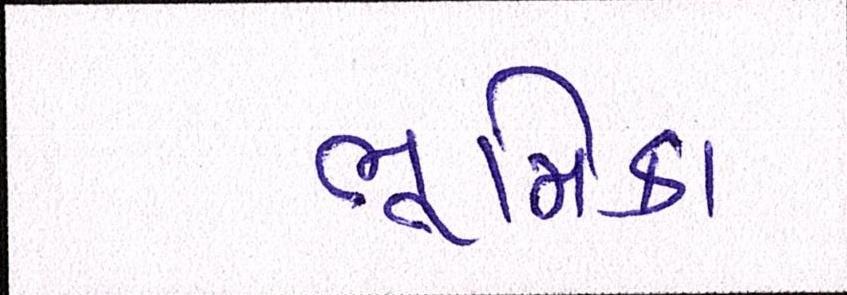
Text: ભૂમિકા